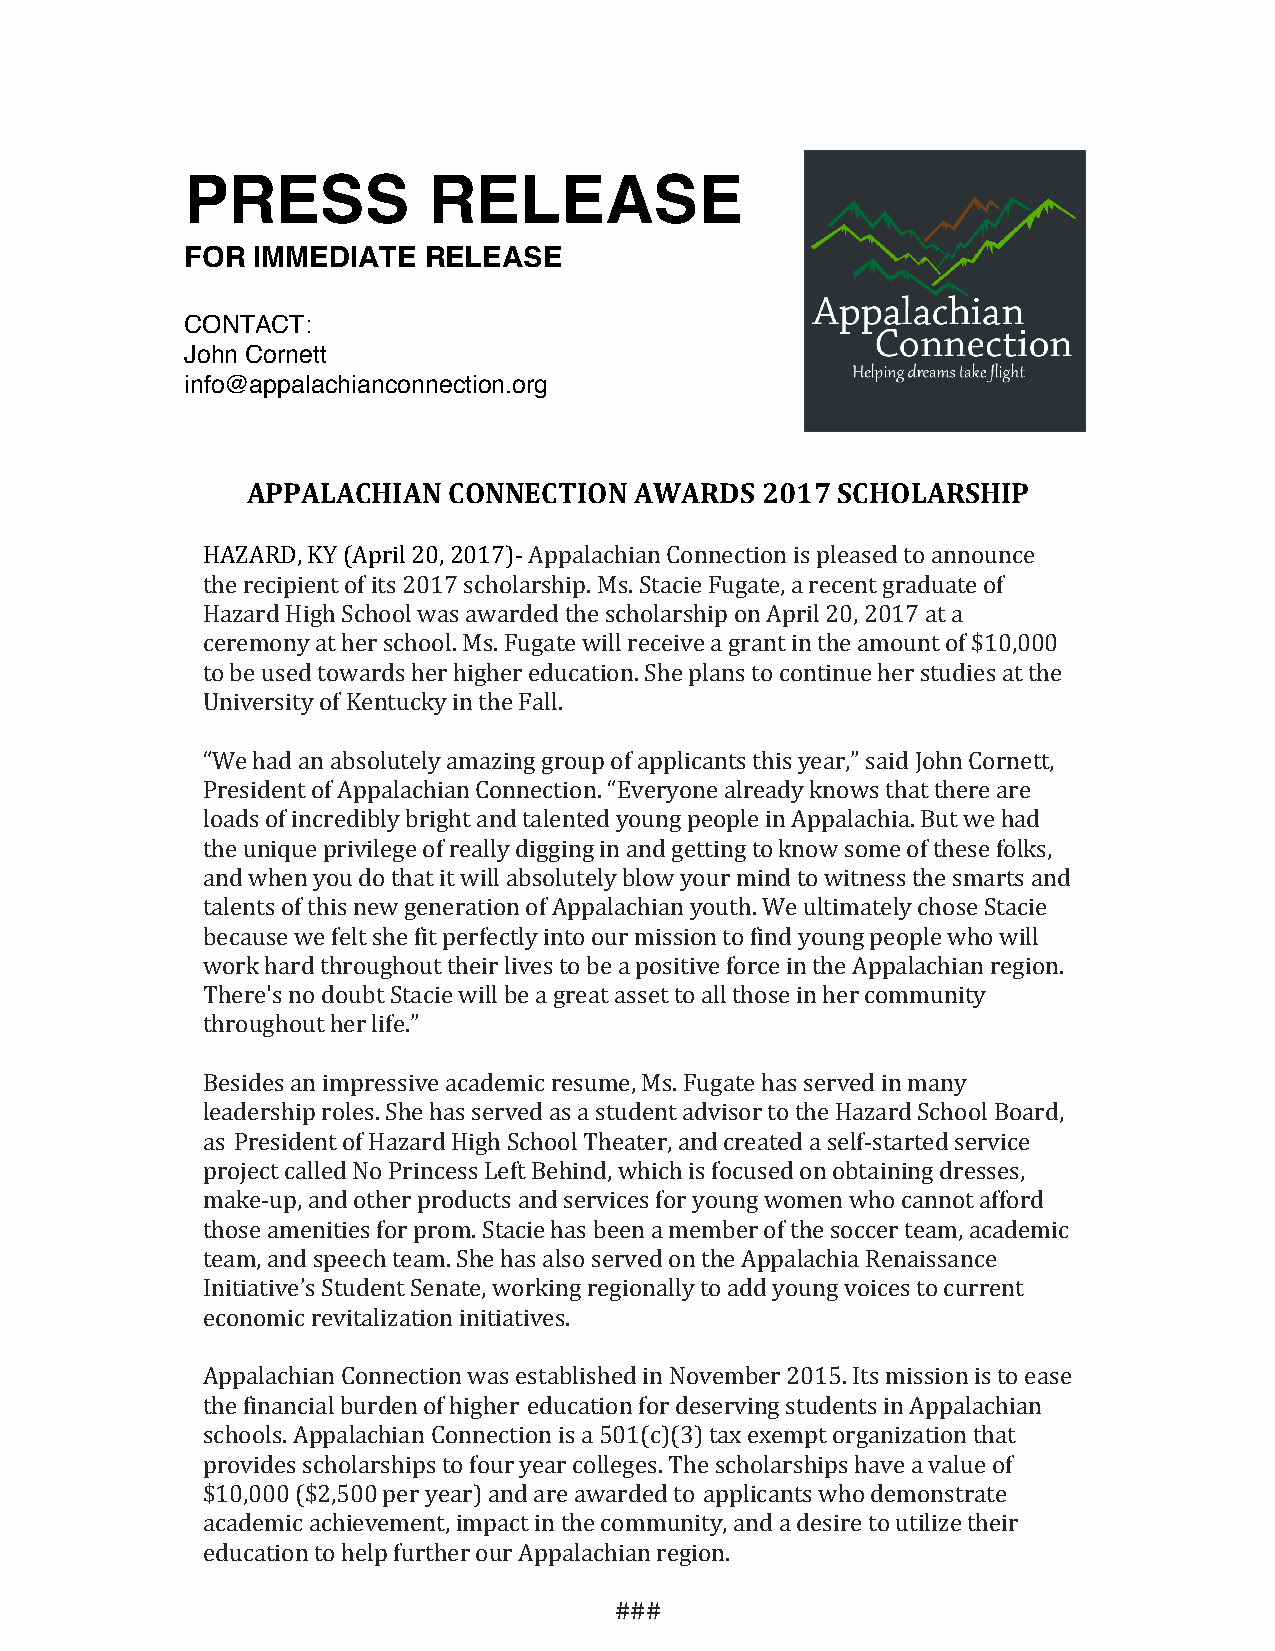
PRESS           RELEASE
 FOR  IMMEDIATE  RELEASE
 CONTACT:
 John Cornett
 info@appalachianconnection.org
 APPALACHIAN   CONNECTION  AWARDS  2017 SCHOLARSHIP
 HAZARD, KY (April 20, 2017)- Appalachian Connection is pleased to announce
 the recipient of its 2017 scholarship. Ms. Stacie Fugate, a recent graduate of
 Hazard High School was awarded the scholarship on April 20, 2017 at a
 ceremony at her school. Ms. Fugate will receive a grant in the amount of $10,000
 to be used towards her higher education. She plans to continue her studies at the
 University of Kentucky in the Fall.
 “We had an absolutely amazing group of applicants this year,” said John Cornett,
 President of Appalachian Connection. “Everyone already knows that there are
 loads of incredibly bright and talented young people in Appalachia. But we had
 the unique privilege of really digging in and getting to know some of these folks,
 and when you do that it will absolutely blow your mind to witness the smarts and
 talents of this new generation of Appalachian youth. We ultimately chose Stacie
 because we felt she fit perfectly into our mission to find young people who will
 work hard throughout their lives to be a positive force in the Appalachian region.
 There's no doubt Stacie will be a great asset to all those in her community
 throughout her life.”
 Besides an impressive academic resume, Ms. Fugate has served in many
 leadership roles. She has served as a student advisor to the Hazard School Board,
 as President of Hazard High School Theater, and created a self-started service
 project called No Princess Left Behind, which is focused on obtaining dresses,
 make-up, and other products and services for young women who cannot afford
 those amenities for prom. Stacie has been a member of the soccer team, academic
 team, and speech team. She has also served on the Appalachia Renaissance
 Initiative’s Student Senate, working regionally to add young voices to current
 economic revitalization initiatives.
 Appalachian Connection was established in November 2015. Its mission is to ease
 the financial burden of higher education for deserving students in Appalachian
 schools. Appalachian Connection is a 501(c)(3) tax exempt organization that
 provides scholarships to four year colleges. The scholarships have a value of
 $10,000 ($2,500 per year) and are awarded to applicants who demonstrate
 academic achievement, impact in the community, and a desire to utilize their
 education to help further our Appalachian region.
 ###